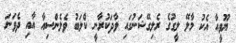
ޔޫވީއާ އެކު މާލޭ ލީގުގެ ރެލިގޭޝަނުގައި ވާދަކުރާނީ ކްލަބު ވެލެންސިއާ އާއި ދެވަނަ